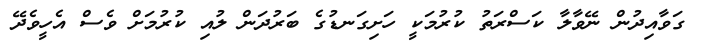
ގަވާއިދުން ނޭވާލާ ކަސްރަތު ކުރުމަކީ ހަށިގަނޑުގެ ބަރުދަން ލުއި ކުރުމަށް ވެސް އެހީވެދޭ